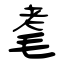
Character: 耄